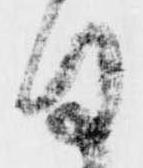
日